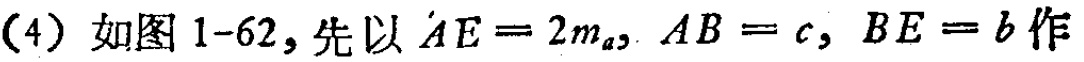
(4) 如图 1-62, 先以 \(AE = 2m_a, AB = c, BE = b\) 作